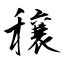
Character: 穣